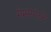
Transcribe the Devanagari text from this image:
गेमस्पॉटने